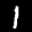
Label: 1